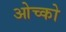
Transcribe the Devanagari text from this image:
ओच्को